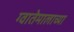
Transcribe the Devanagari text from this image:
ग्वातेमालाच्या